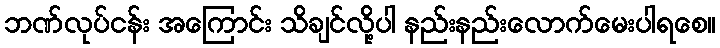
ဘဏ်လုပ်ငန်း အကြောင်း သိချင်လို့ပါ နည်းနည်းလောက်မေးပါရစေ။